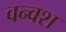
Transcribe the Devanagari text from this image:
वन्वश